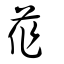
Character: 莋